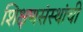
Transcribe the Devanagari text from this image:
शिक्षणसंस्थांची